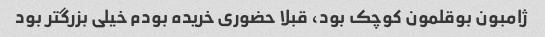
ژامبون بوقلمون کوچک بود، قبلا حضوری خریده بودم خیلی بزرگتر بود